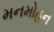
મનમોહન